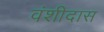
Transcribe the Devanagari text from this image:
वंशीदास